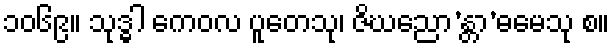
၁၀၆၉။ သုဒ္ဓါ ကေဝလ ပူတေသု၊ ဇိဃညော’န္တာ’ဓမေသု စ။